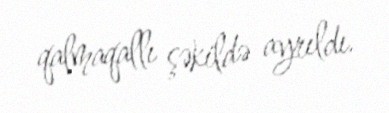
qalmaqallı şəkildə ayrıldı.